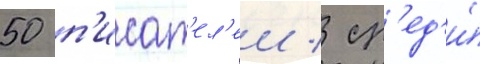
50 п'исат'ел'еи / ср'ед'и́